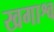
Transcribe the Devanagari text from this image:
खगाश्व